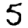
Digit: 5